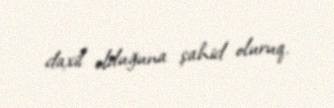
daxil olduğuna şahid oluruq.